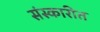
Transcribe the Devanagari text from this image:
संस्कारीत